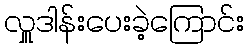
လှူဒါန်းပေးခဲ့ကြောင်း